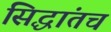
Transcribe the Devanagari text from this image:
सिद्धांतच